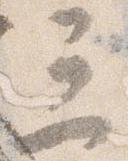
三